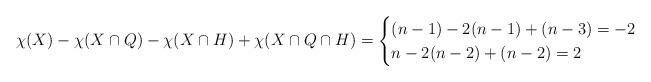
LaTeX: \begin{align*}\chi(X)-\chi(X\cap Q)-\chi(X\cap H)+\chi(X\cap Q\cap H) =\begin{cases}(n-1) -2(n-1) + (n-3) = -2 & \\n -2(n-2) + (n-2) = 2 & \end{cases}\end{align*}